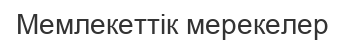
Мемлекеттік мерекелер